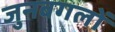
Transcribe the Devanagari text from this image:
जुनबगलों